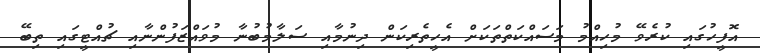
އޮފީހުގައި ކުރެވޭ މުހިއްމު މަސައްކަތްތަކަށް އެހީތެރިކަން ދިނުމާއި ސަލާމުބުނާ މުވައްޒަފުންނާއި ޗުއްޓީގައި ތިބޭ